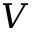
V